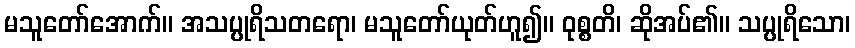
မသူတော်အောက်။ အသပ္ပုရိသတရော၊ မသူတော်ယုတ်ဟူ၍။ ဝုစ္စတိ၊ ဆိုအပ်၏။ သပ္ပုရိသော၊